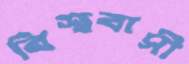
বিশ্ববাসী